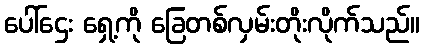
ပေါ်ဌေး ရှေ့ကို ခြေတစ်လှမ်းတိုးလိုက်သည်။